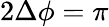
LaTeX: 2\Delta\phi=\pi